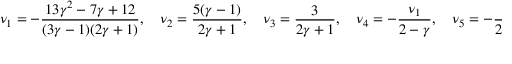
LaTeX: \nu _ { 1 } = - { \frac { 1 3 \gamma ^ { 2 } - 7 \gamma + 1 2 } { ( 3 \gamma - 1 ) ( 2 \gamma + 1 ) } } , \quad \nu _ { 2 } = { \frac { 5 ( \gamma - 1 ) } { 2 \gamma + 1 } } , \quad \nu _ { 3 } = { \frac { 3 } { 2 \gamma + 1 } } , \quad \nu _ { 4 } = - { \frac { \nu _ { 1 } } { 2 - \gamma } } , \quad \nu _ { 5 } = - { \frac { 2 } { 2 - \gamma } } .